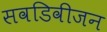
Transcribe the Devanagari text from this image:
सवडिवीजन